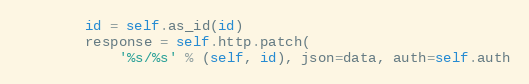
Language: Python
        id = self.as_id(id)
        response = self.http.patch(
            '%s/%s' % (self, id), json=data, auth=self.auth